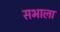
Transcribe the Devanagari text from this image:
सभाला